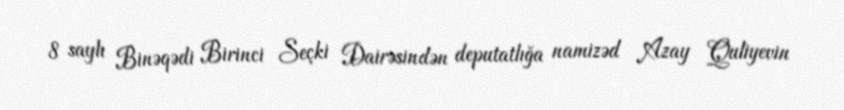
8 saylı Binəqədi Birinci Seçki Dairəsindən deputatlığa namizəd Azay Quliyevin